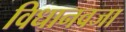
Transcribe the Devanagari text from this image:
विधानवजा